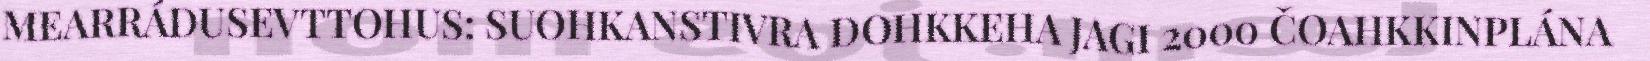
MEARRÁDUSEVTTOHUS: SUOHKANSTIVRA DOHKKEHA JAGI 2000 ČOAHKKINPLÁNA